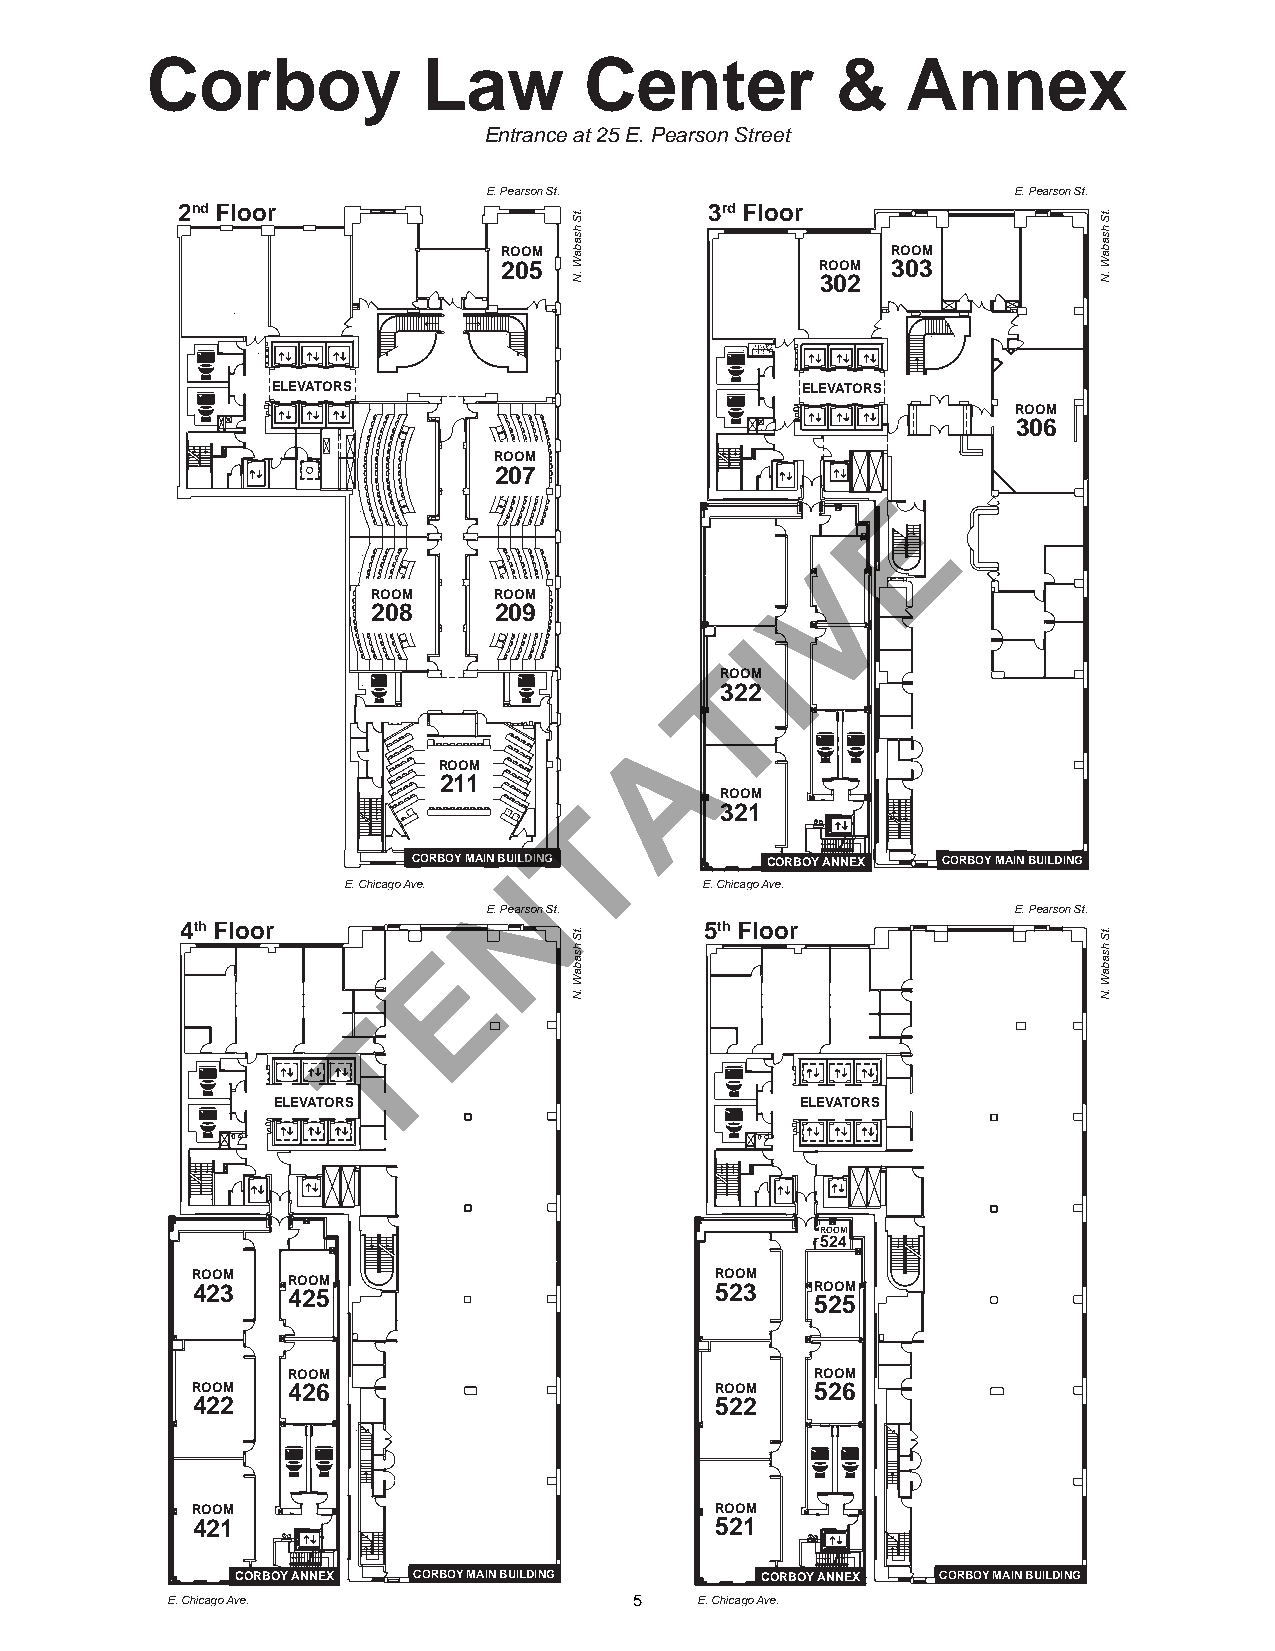
Corboy            Law        Center          &    Annex
 Entrance at 25 E. Pearson Street
 E. Pearson St.                     E. Pearson St.
 2nd Floor                          3rd Floor
 ROOM                      ROOM
 205                  ROOM 303
 302
 ELEVATORS                          ELEVATORS
 ROOM
 306
 ROOM
 207
 E
 V
 ROOM    ROOM
 208     209
 I
 T
 ROOM
 322
 A
 ROOM
 211
 T         ROOM
 321
 CORBOY MAIN BUNILDING   CORBOY ANNEX CORBOY MAIN BUILDING
 E. Chicago Ave.         E. Chicago Ave.
 E. Pearson St.                     E. Pearson St.
 4th Floor                          5th Floor
 E
 T
 ELEVATORS                          ELEVATORS
 ROOM
 524
 R 4O 2O 3M R 4O 2O 5M             R 5O 2O 3M R 5O 2O 5M
 ROOM                               ROOM
 ROOM  426                         ROOM   526
 422                               522
 ROOM                              ROOM
 421                               521
 CORBOY ANNEX CORBOY MAIN BUILDING CORBOY ANNEX CORBOY MAIN BUILDING
 E. Chicago Ave.                5   E. Chicago Ave.
 .tS
 hsabaW
 .N
 .tS
 hsabaW
 .N
 .tS
 hsabaW
 .N
 .tS
 hsabaW
 .N